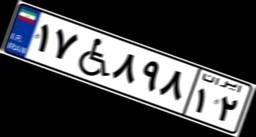
۱۷W۸۹۸۱۲